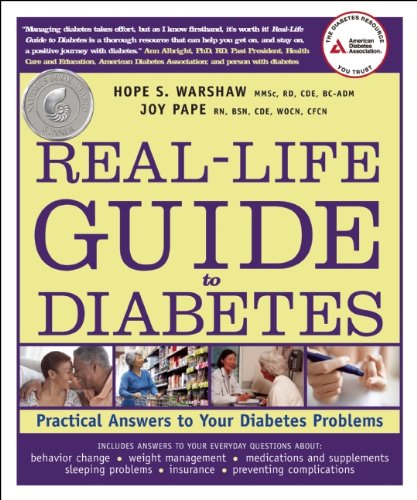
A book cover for Real-Life Guide to Diabetes: Practical Answers to Your Diabetes Problems; Hope S. Warshaw R.D.; Health, Fitness & Dieting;